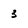
Character: 3